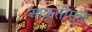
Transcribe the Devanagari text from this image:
आकृतीमुळे